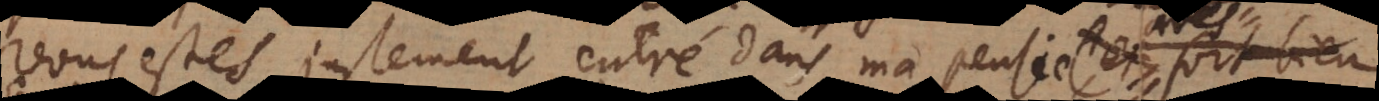
Vous estes justement entré dans ma pensée sur ces